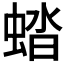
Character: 𧌏